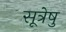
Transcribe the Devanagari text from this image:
सूत्रेषु